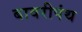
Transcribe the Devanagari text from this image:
बावरीपंथ